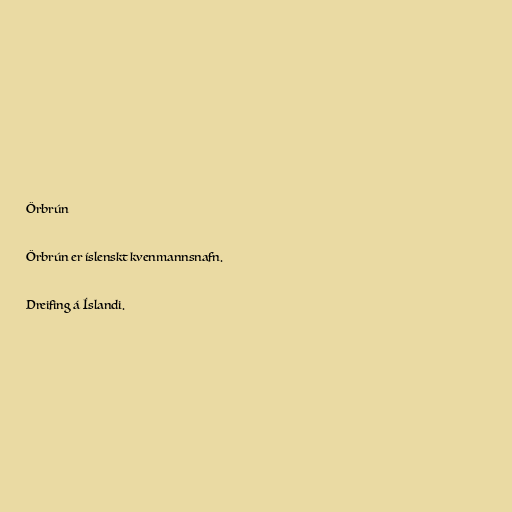
Örbrún

Örbrún er íslenskt kvenmannsnafn.

Dreifing á Íslandi.